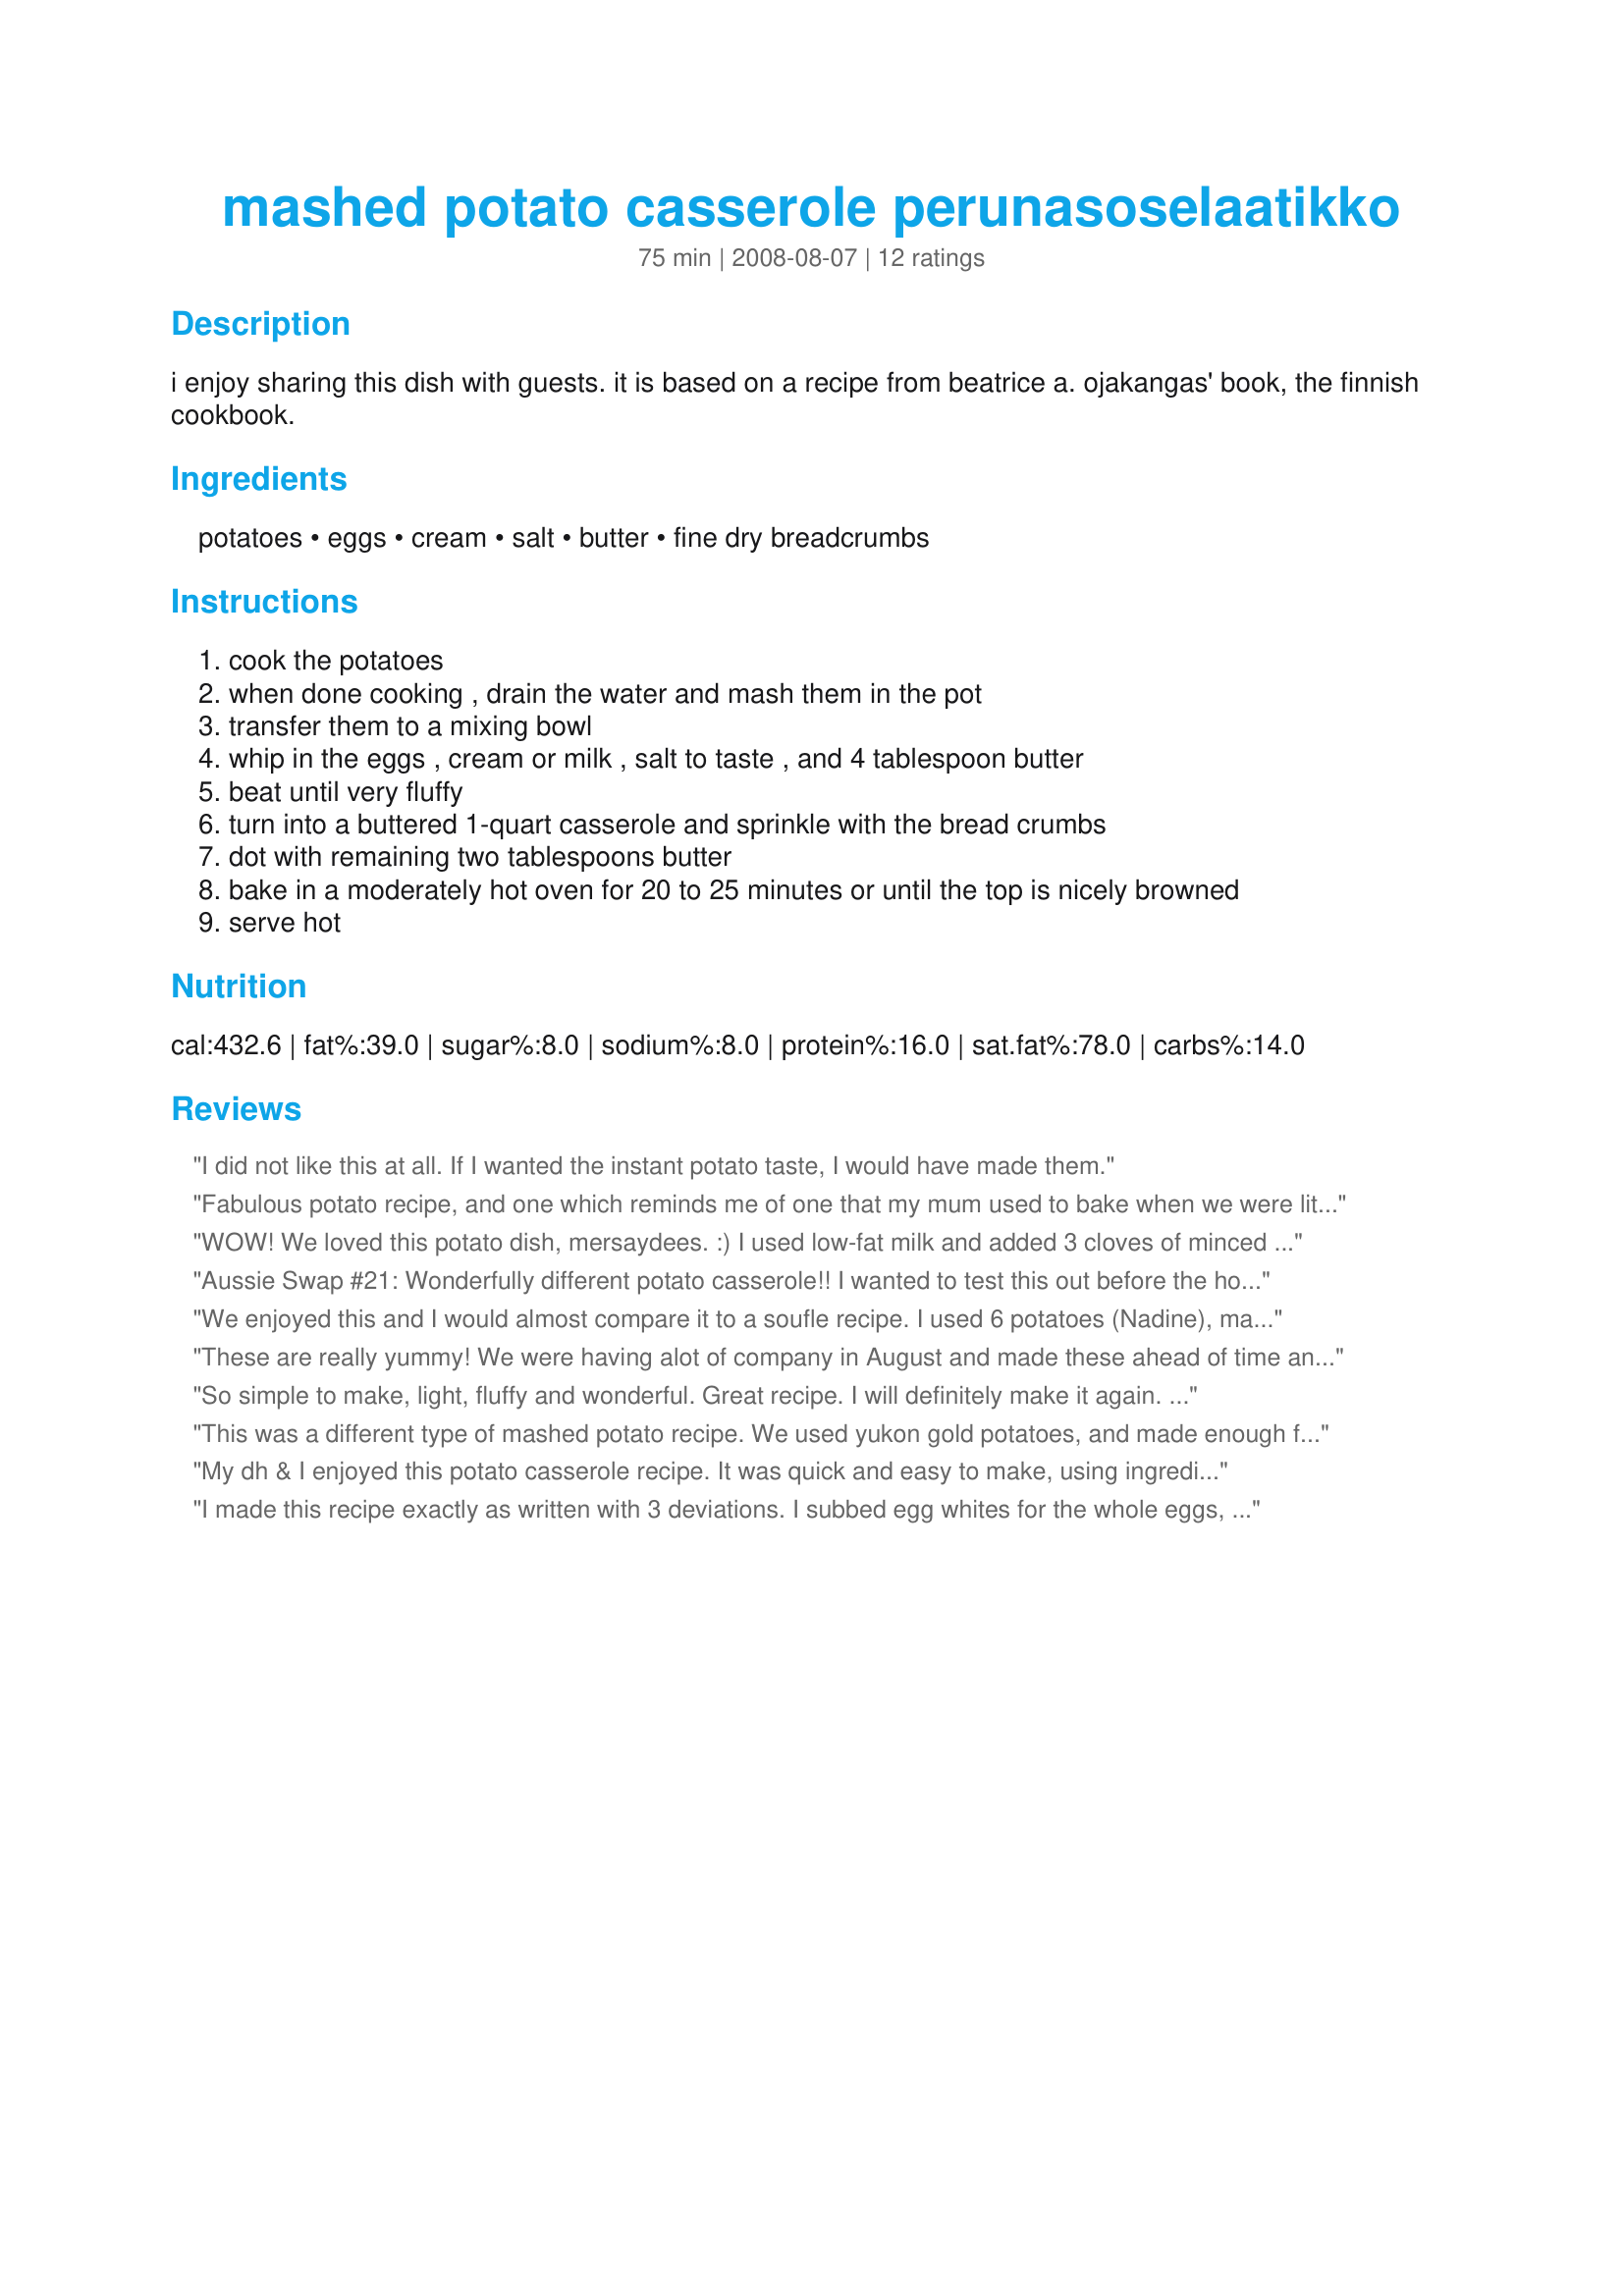
mashed potato casserole perunasoselaatikko
Preparation time: 75 minutes

i enjoy sharing this dish with guests. it is based on a recipe from beatrice a. ojakangas' book, the finnish cookbook.

Ingredients:
potatoes, eggs, cream, salt, butter, fine dry breadcrumbs

Steps:
cook the potatoes
when done cooking , drain the water and mash them in the pot
transfer them to a mixing bowl
whip in the eggs , cream or milk , salt to taste , and 4 tablespoon butter
beat until very fluffy
turn into a buttered 1-quart casserole and sprinkle with the bread crumbs
dot with remaining two tablespoons butter
bake in a moderately hot oven for 20 to 25 minutes or until the top is nicely browned
serve hot

Reviews:
I did not like this at all. If I wanted the instant potato taste, I would have made them.
Fabulous potato recipe, and one which reminds me of one that my mum used to bake when we were little; it was her way of adding an egg to a simple family meal when meat was scarce towards the end of the month! I made this exactly as posted - with milk instead of cream. Malcolm and I LOVED the addition of the breadcrumbs on top - the crispy and crunchy bits were divine, and we almost came to blows over them!! I loved the addition of the eggs - this gives this dish a richer taste and yet a light and fluffy texture - it also puffed up when baked. The butter was spot on - any more and it would have been too rich with the eggs.........I also added some freshly ground black pepper. Our spuds were from our garden, so the fact that there was not too much going on, by way of other flavours was a bonus - the potato taste was evident. An easy and very tasty way of eating mashed spuds - thanks for the lovely memory of mum's baked eggy spuds! Made for the Aussie/Kiwi Recipe Swap #20 - a keeper! FT:-)
WOW! We loved this potato dish, mersaydees. :) I used low-fat milk and added 3 cloves of minced garlic and thyme (personal taste preferences) before beating the potatoes. The potatoes themselves were wonderfully delicious and the topping crunchy and SO yummy: a great contrast of textures. We both came back for second helpings, so I'll certainly be making this recipe again. A great side dish to any meat dish or as part of a vegetarian meal. On this occasion, we enjoyed the potatoes with Lavender Lynn's Recipe #259370. Made for Zaar Stars Tag.
Aussie Swap #21: Wonderfully different potato casserole!! I wanted to test this out before the holidays and it was a hit!! I made it alongside of Recipe#305497 - perfect combo!
We enjoyed this and I would almost compare it to a soufle recipe. I used 6 potatoes (Nadine), mashed in pot, put in the mixer bowl and out of habit added the butter next and then the eggs and then only added about half the cream as I felt it would have been too soupy. Proceed as recipe but the 1 quart/1 litre container I used was square and deep - would highly recommend a more shallow container as some of our mix towards the bottom had a slightly curdled look, but overall very pleasing. Thank you Mersaydees, made for Recipe Swap #27, April 2009.
These are really yummy! We were having alot of company in August and made these ahead of time and baked them off when needed. Thank you for posting this recipe. DH hummed thru his dinner!
So simple to make, light, fluffy and wonderful. Great recipe. I will definitely make it again. I took one of the reviewers suggestions and added a couple cloves of crushed garlic and some thyme. Yummy addition! Thanks!!
This was a different type of mashed potato recipe. We used yukon gold potatoes, and made enough for 3 servings. The only change we made was to add some black pepper. We didn't feel the addition of an egg or baking them after mashing had much effect other than they were a bit fluffier. If made again we would add more butter and some roasted garlic cloves to the mixture. The bread crumbs are a nice funky little touch. Overall, we liked this recipe. :)
My dh & I enjoyed this potato casserole recipe. It was quick and easy to make, using ingredients always on hand. We thought it was a perfect side for recipe #274202, which we served it with. The potatoes were light and fluffy, with a crunchy top. I used cream and italian spiced breadcrumbs. Thanks for sharing this recipe, that i will make again.
I made this recipe exactly as written with 3 deviations. I subbed egg whites for the whole eggs, Molly McButter for the butter and fat free half and half for the cream. This is an outstanding recipe! The dish came out light and fluffy, but rich and delicious. I plan to reheat the leftovers to side with my cabbage rolls this evening. A definite keeper!
Reviewed for Aus-NZ Forum Recipe Swap Jan 2011- Delicious and enjoyed by all of my family. To be gluten-free I used a fine gf cornflake crumb in place of the regular breadcrumbs. Perfect! Photo also be posted
Mmmm....these were great. Light, fluffy and a little crunch from the breadcrumbs to make them perfect. I used half and half and didn&#039;t make any changes. Thanks for sharing the reicpe.
